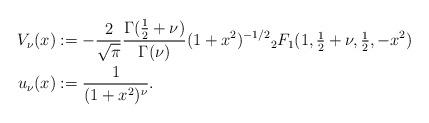
LaTeX: \begin{align*} V_\nu(x) &:= -\frac{2}{\sqrt{\pi}} \frac{\Gamma(\tfrac{1}{2}+\nu)}{\Gamma(\nu)} (1+x^2)^{-1/2} {}_2F_1(1, \tfrac{1}{2}+\nu,\tfrac{1}{2},-x^2) \\ u_\nu(x) &:= \frac{1}{(1+x^2)^{\nu}}.\end{align*}